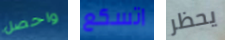
واحصل اتسكع يحظر